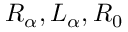
R _ { \alpha } , L _ { \alpha } , R _ { 0 }